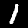
Digit: 1